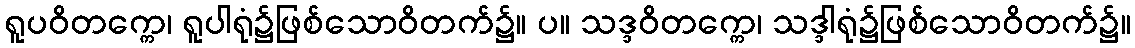
ရူပဝိတက္ကေ၊ ရူပါရုံ၌ဖြစ်သောဝိတက်၌။ ပ။ သဒ္ဒဝိတက္ကေ၊ သဒ္ဒါရုံ၌ဖြစ်သောဝိတက်၌။